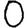
Digit: 0